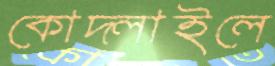
কোদ্‌লাইলে